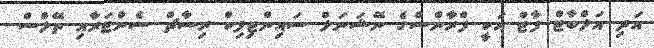
އަދި އަލްބާޓް ފާޓް އަކީ ފްރާންސްގެ ނޭޝަނަލް ސައިންޓިފިކް ރިސާޗް ސެންޓަރާއި ތޭލްސް